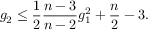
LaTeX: g _ { 2 } \leq { \frac { 1 } { 2 } } { \frac { n - 3 } { n - 2 } } g _ { 1 } ^ { 2 } + { \frac { n } { 2 } } - 3 .